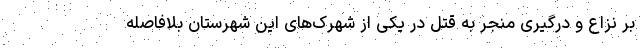
بر نزاع و درگیری منجر به قتل در یکی از شهرک‌های این شهرستان بلافاصله